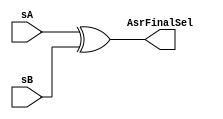
module xorGate(
    input sA,
    input sB,
    output AsrFinalSel
);

assign AsrFinalSel = sA ^ sB;

endmodule